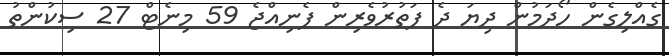
ގެއްލިގެން ހޯދަމުން ދިޔަ ދެ ފަތުރުވެރިން ފެނިއްޖެ 59 މިނެޓް 27 ސިކުންތު